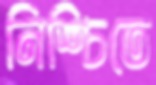
নিশ্চিতে